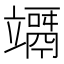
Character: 竵